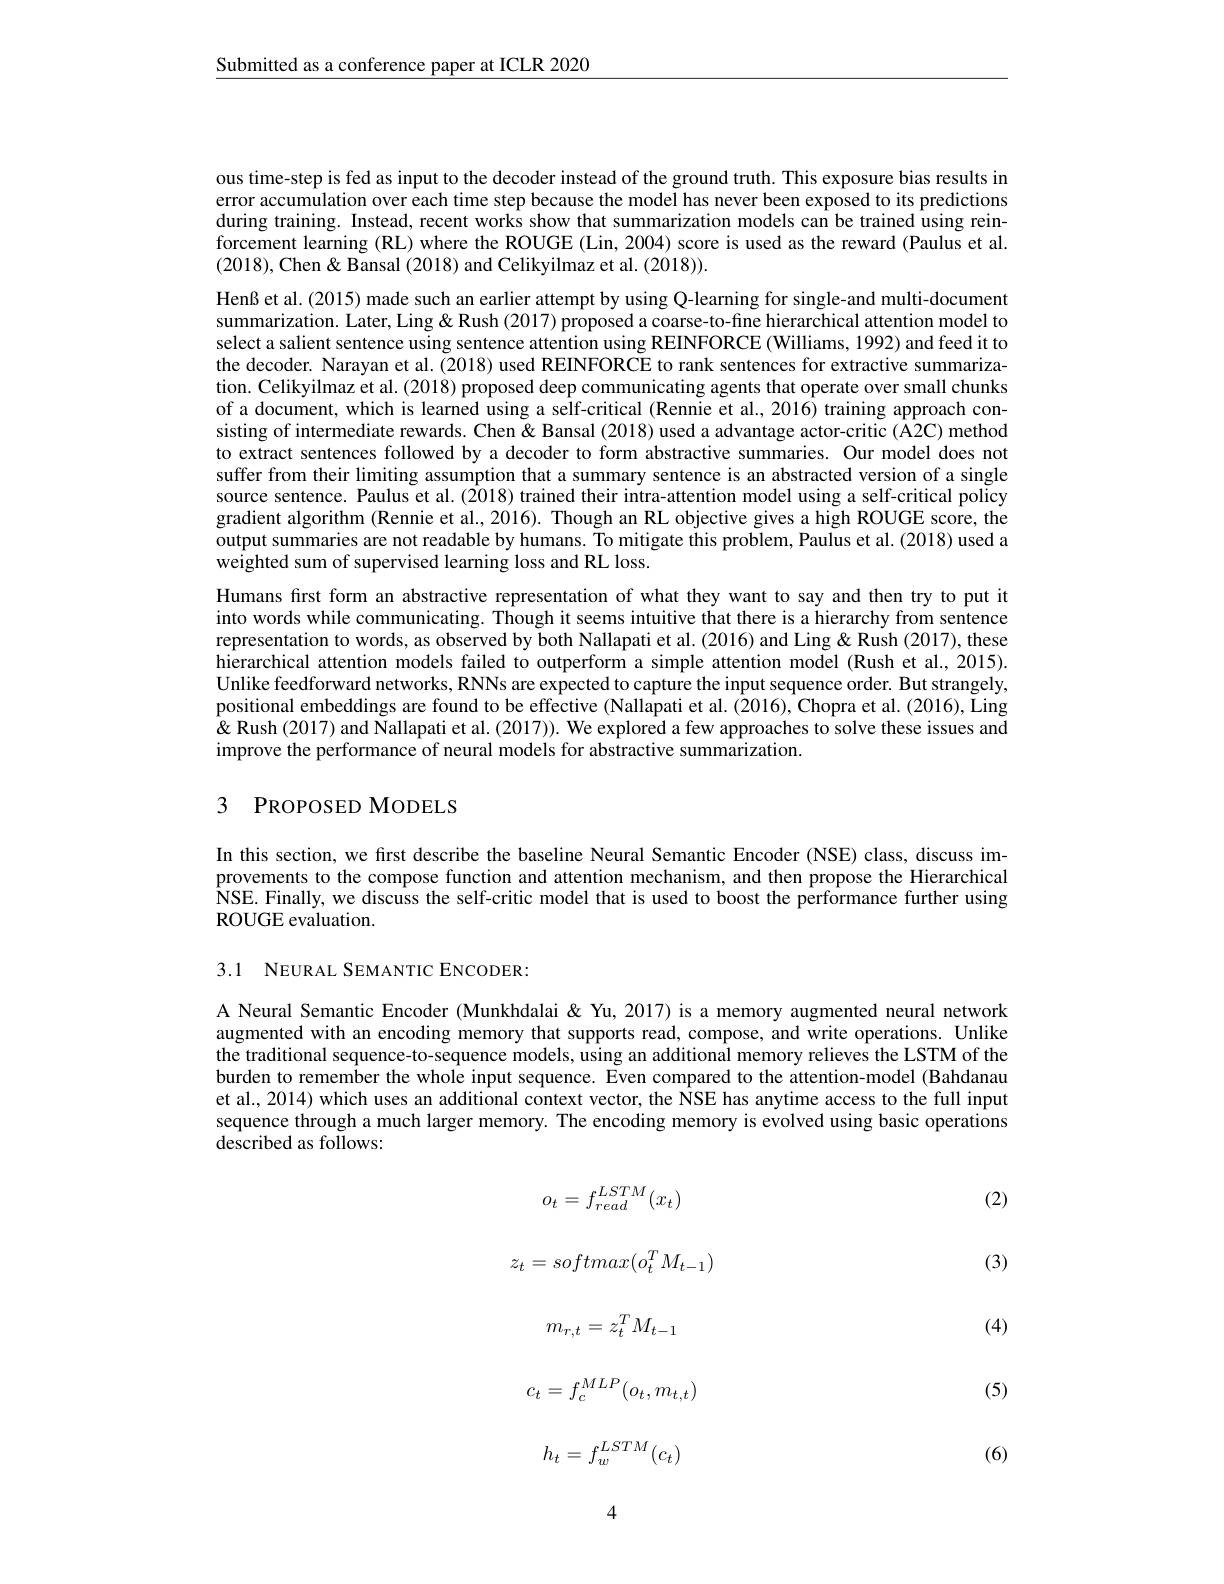
Submitted as a conference paper at ICLR 2020

ous time-step is fed as input to the decoder instead of the ground truth. This exposure bias results in error accumulation over each time step because the model has never been exposed to its predictions during training. Instead, recent works show that summarization models can be trained using reinforcement learning (RL) where the ROUGE (Lin, 2004) score is used as the reward (Paulus et al. (2018),Chen& Bansal (2018) and Celikyilmaz et al. (2018)).
Henß et al. (2015) made such an earlier attempt by using Q-learning for single-and multi-document summarization. Later, Ling& Rush (2017) proposed a coarse-to-fine hierarchical attention model to select a salient sentence using sentence attention using REINFORCE (Williams, 1992) and feed it to the decoder. Narayan et al. (2018) used REINFORCE to rank sentences for extractive summarization. Celikyilmaz et al. (2018) proposed deep communicating agents that operate over small chunks of a document, which is learned using a self-critical (Rennie et al., 2016) training approach consisting of intermediate rewards. Chen& Bansal (2018) used a advantage actor-critic (A2C) method to extract sentences followed by a decoder to form abstractive summaries. Our model does not suffer from their limiting assumption that a summary sentence is an abstracted version of a single source sentence. Paulus et al. (2018) trained their intra-attention model using a self-critical policy gradient algorithm (Rennie et al., 2016). Though an RL objective gives a high ROUGE score, the output summaries are not readable by humans. To mitigate this problem, Paulus et al. (2018) used a weighted sum of supervised learning loss and RL loss.
Humans first form an abstractive representation of what they want to say and then try to put it into words while communicating. Though it seems intuitive that there is a hierarchy from sentence representation to words, as observed by both Nallapati et al. (2016) and Ling & Rush (2017), these hierarchical attention models failed to outperform a simple attention model (Rush et al., 2015). Unlike feedforward networks, RNNs are expected to capture the input sequence order. But strangely, positional embeddings are found to be effective (Nallapati et al. (2016), Chopra et al. (2016), Ling $\&$ Rush (2017) and Nallapati et al. (2017)). We explored a few approaches to solve these issues and improve the performance of neural models for abstractive summarization.

## 3 PROPOSED MODELS

In this section, we first describe the baseline Neural Semantic Encoder (NSE) class, discuss improvements to the compose function and attention mechanism, and then propose the Hierarchical NSE. Finally, we discuss the self-critic model that is used to boost the performance further using ROUGE evaluation.

3.1 NEURAL SEMANTIC ENCODER:

A Neural Semantic Encoder (Munkhdalai & Yu, 2017) is a memory augmented neural network augmented with an encoding memory that supports read, compose, and write operations. Unlike the traditional sequence-to-sequence models, using an additional memory relieves the LSTM of the burden to remember the whole input sequence. Even compared to the attention-model (Bahdanau et al., 2014) which uses an additional context vector, the NSE has anytime access to the full input sequence through a much larger memory. The encoding memory is evolved using basic operations $\tilde{\text{described as follows:}}$

(2)

(3)

(4)
$$o_t=f_{read}^{LSTM}(x_t)$$
$$z_t=softmax(o_t^TM_{t-1})$$
$$m_{r,t}=z_t^TM_{t-1}$$
$$c_t=f_c^{MLP}(o_t,m_{t,t})$$
$$h_t=f_w^{LSTM}(c_t)$$
(5)

(6)